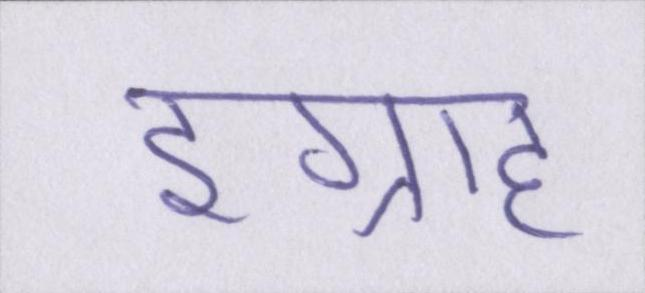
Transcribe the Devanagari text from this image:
इग्राह